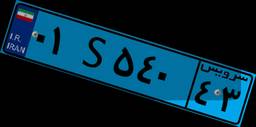
۲۴S۰۷۶۹۱